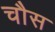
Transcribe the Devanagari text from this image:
चौस